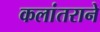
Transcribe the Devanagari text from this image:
कलांतराने